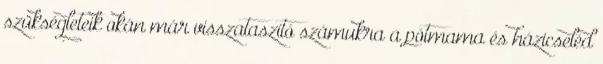
szükségleteik okán már visszataszító számukra a pótmama és házicseléd